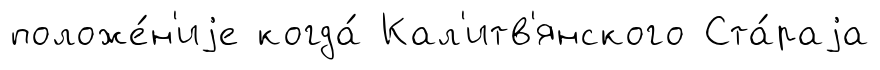
положе́н'иjе когда́ Кал'итв'янского Ста́раjа